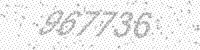
Solution: 967736